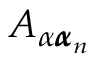
A _ { \alpha { \pmb \alpha } _ { n } }